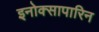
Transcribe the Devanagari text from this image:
इनोक्सापारिन